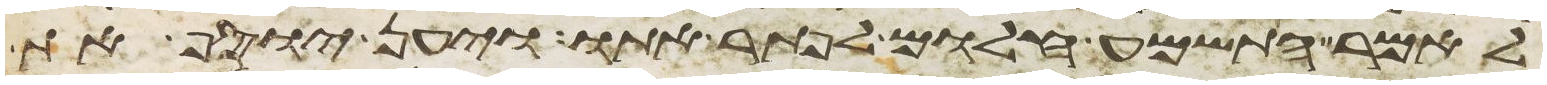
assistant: לאמר התשמע חלום לפתר אתו ויען יוסף את